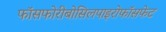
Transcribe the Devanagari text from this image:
फॉसफोरीबोसिलपाइरोफॉसफेट